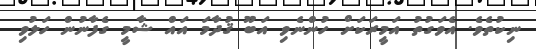
ނިކުތެވެ. އެވަގުތު އަމީރަކަށް ހުންނެވި އަބޫ ޤުދާމަ އައް ޝާމީ ގެފާނުން ހަލުވި